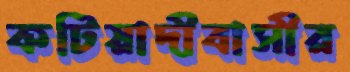
কটিয়াদীবাসীর